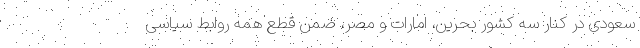
سعودی در کنار سه کشور بحرین، امارات و مصر، ضمن قطع همه روابط سیاسی